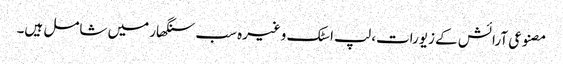
مصنوعی آرائش کے زیورات، لپ اسٹک وغیرہ سب سنگھار میں شامل ہیں۔